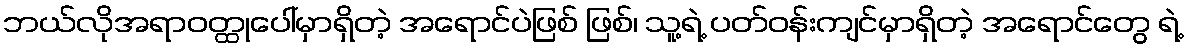
ဘယ်လိုအရာဝတ္ထုပေါ်မှာရှိတဲ့ အရောင်ပဲဖြစ် ဖြစ်၊ သူ့ရဲ့ ပတ်ဝန်းကျင်မှာရှိတဲ့ အရောင်တွေ ရဲ့